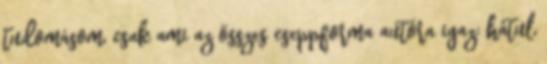
tudomásom, csak ami az összes cseppforma autóra igaz: hátul